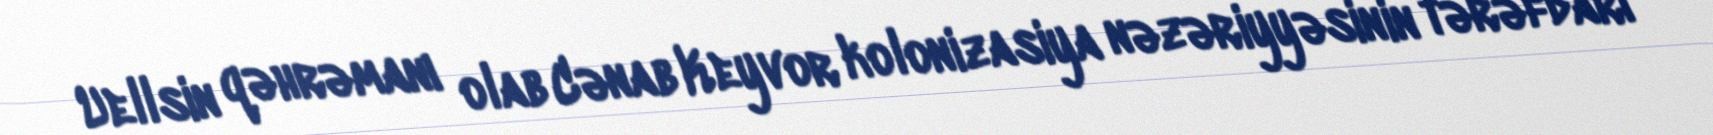
Uellsin qəhrəmanı olab Cənab Keyvor kolonizasiya nəzəriyyəsinin tərəfdarı